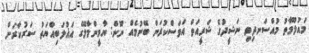
މައުލޫމާތު މުއްސަނދިވި ނަޝީދުގެ ޝަރީއަތް އަވަސްކުރަން ބޭނުމެއް ނޫން: ޔާމީންމާލޭގެ އަޣުލަބިއްޔަތު ސަރުކާރަށް